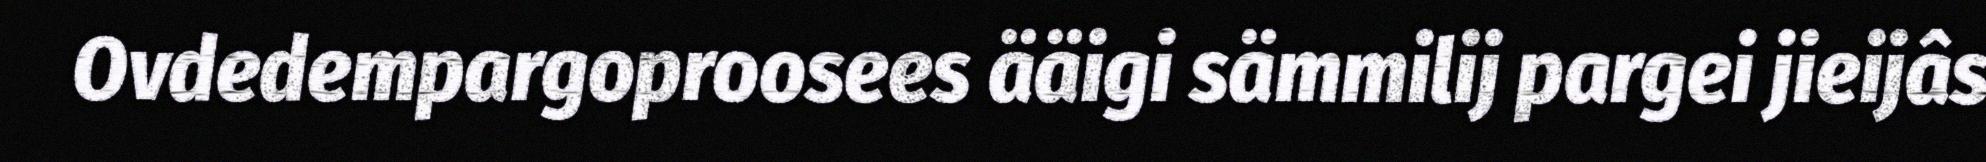
Ovdedempargoproosees ääigi sämmilij pargei jieijâs